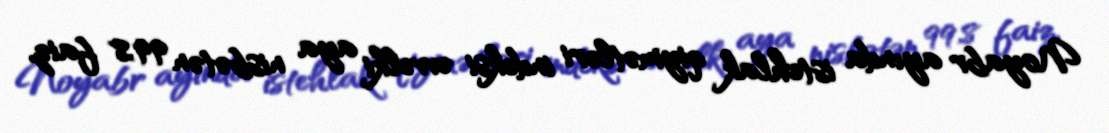
Noyabr ayında istehlak qiymətləri indeksi əvvəlki aya nisbətən 99,8 faiz,